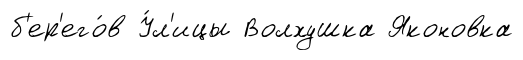
б'ер'его́в У́л'ицы Волхушка Яконовка